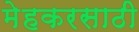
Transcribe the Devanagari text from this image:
मेहकरसाठी